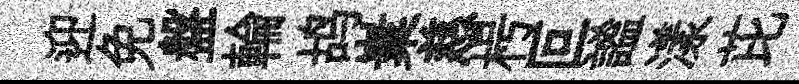
迎免盤輪鸪嶪慈枵叵謐漾芘